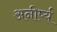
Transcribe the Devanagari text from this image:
अनीर्ष्य